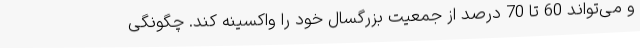
و می‌تواند 60 تا 70 درصد از جمعیت بزرگسال خود را واکسینه کند. چگونگی